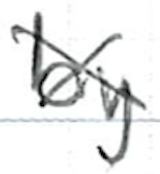
Text: by
Cross-out: cross
Writing tool: ballpoint